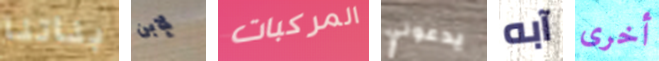
بناتنا لإبن المركبات يدعوني آبه أخرى